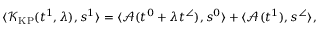
\langle \mathcal { K } _ { \mathrm { K P } } ( t ^ { 1 } , \lambda ) , s ^ { 1 } \rangle = \langle \mathcal { A } ( t ^ { 0 } + \lambda t ^ { \angle } ) , s ^ { 0 } \rangle + \langle \mathcal { A } ( t ^ { 1 } ) , s ^ { \angle } \rangle ,